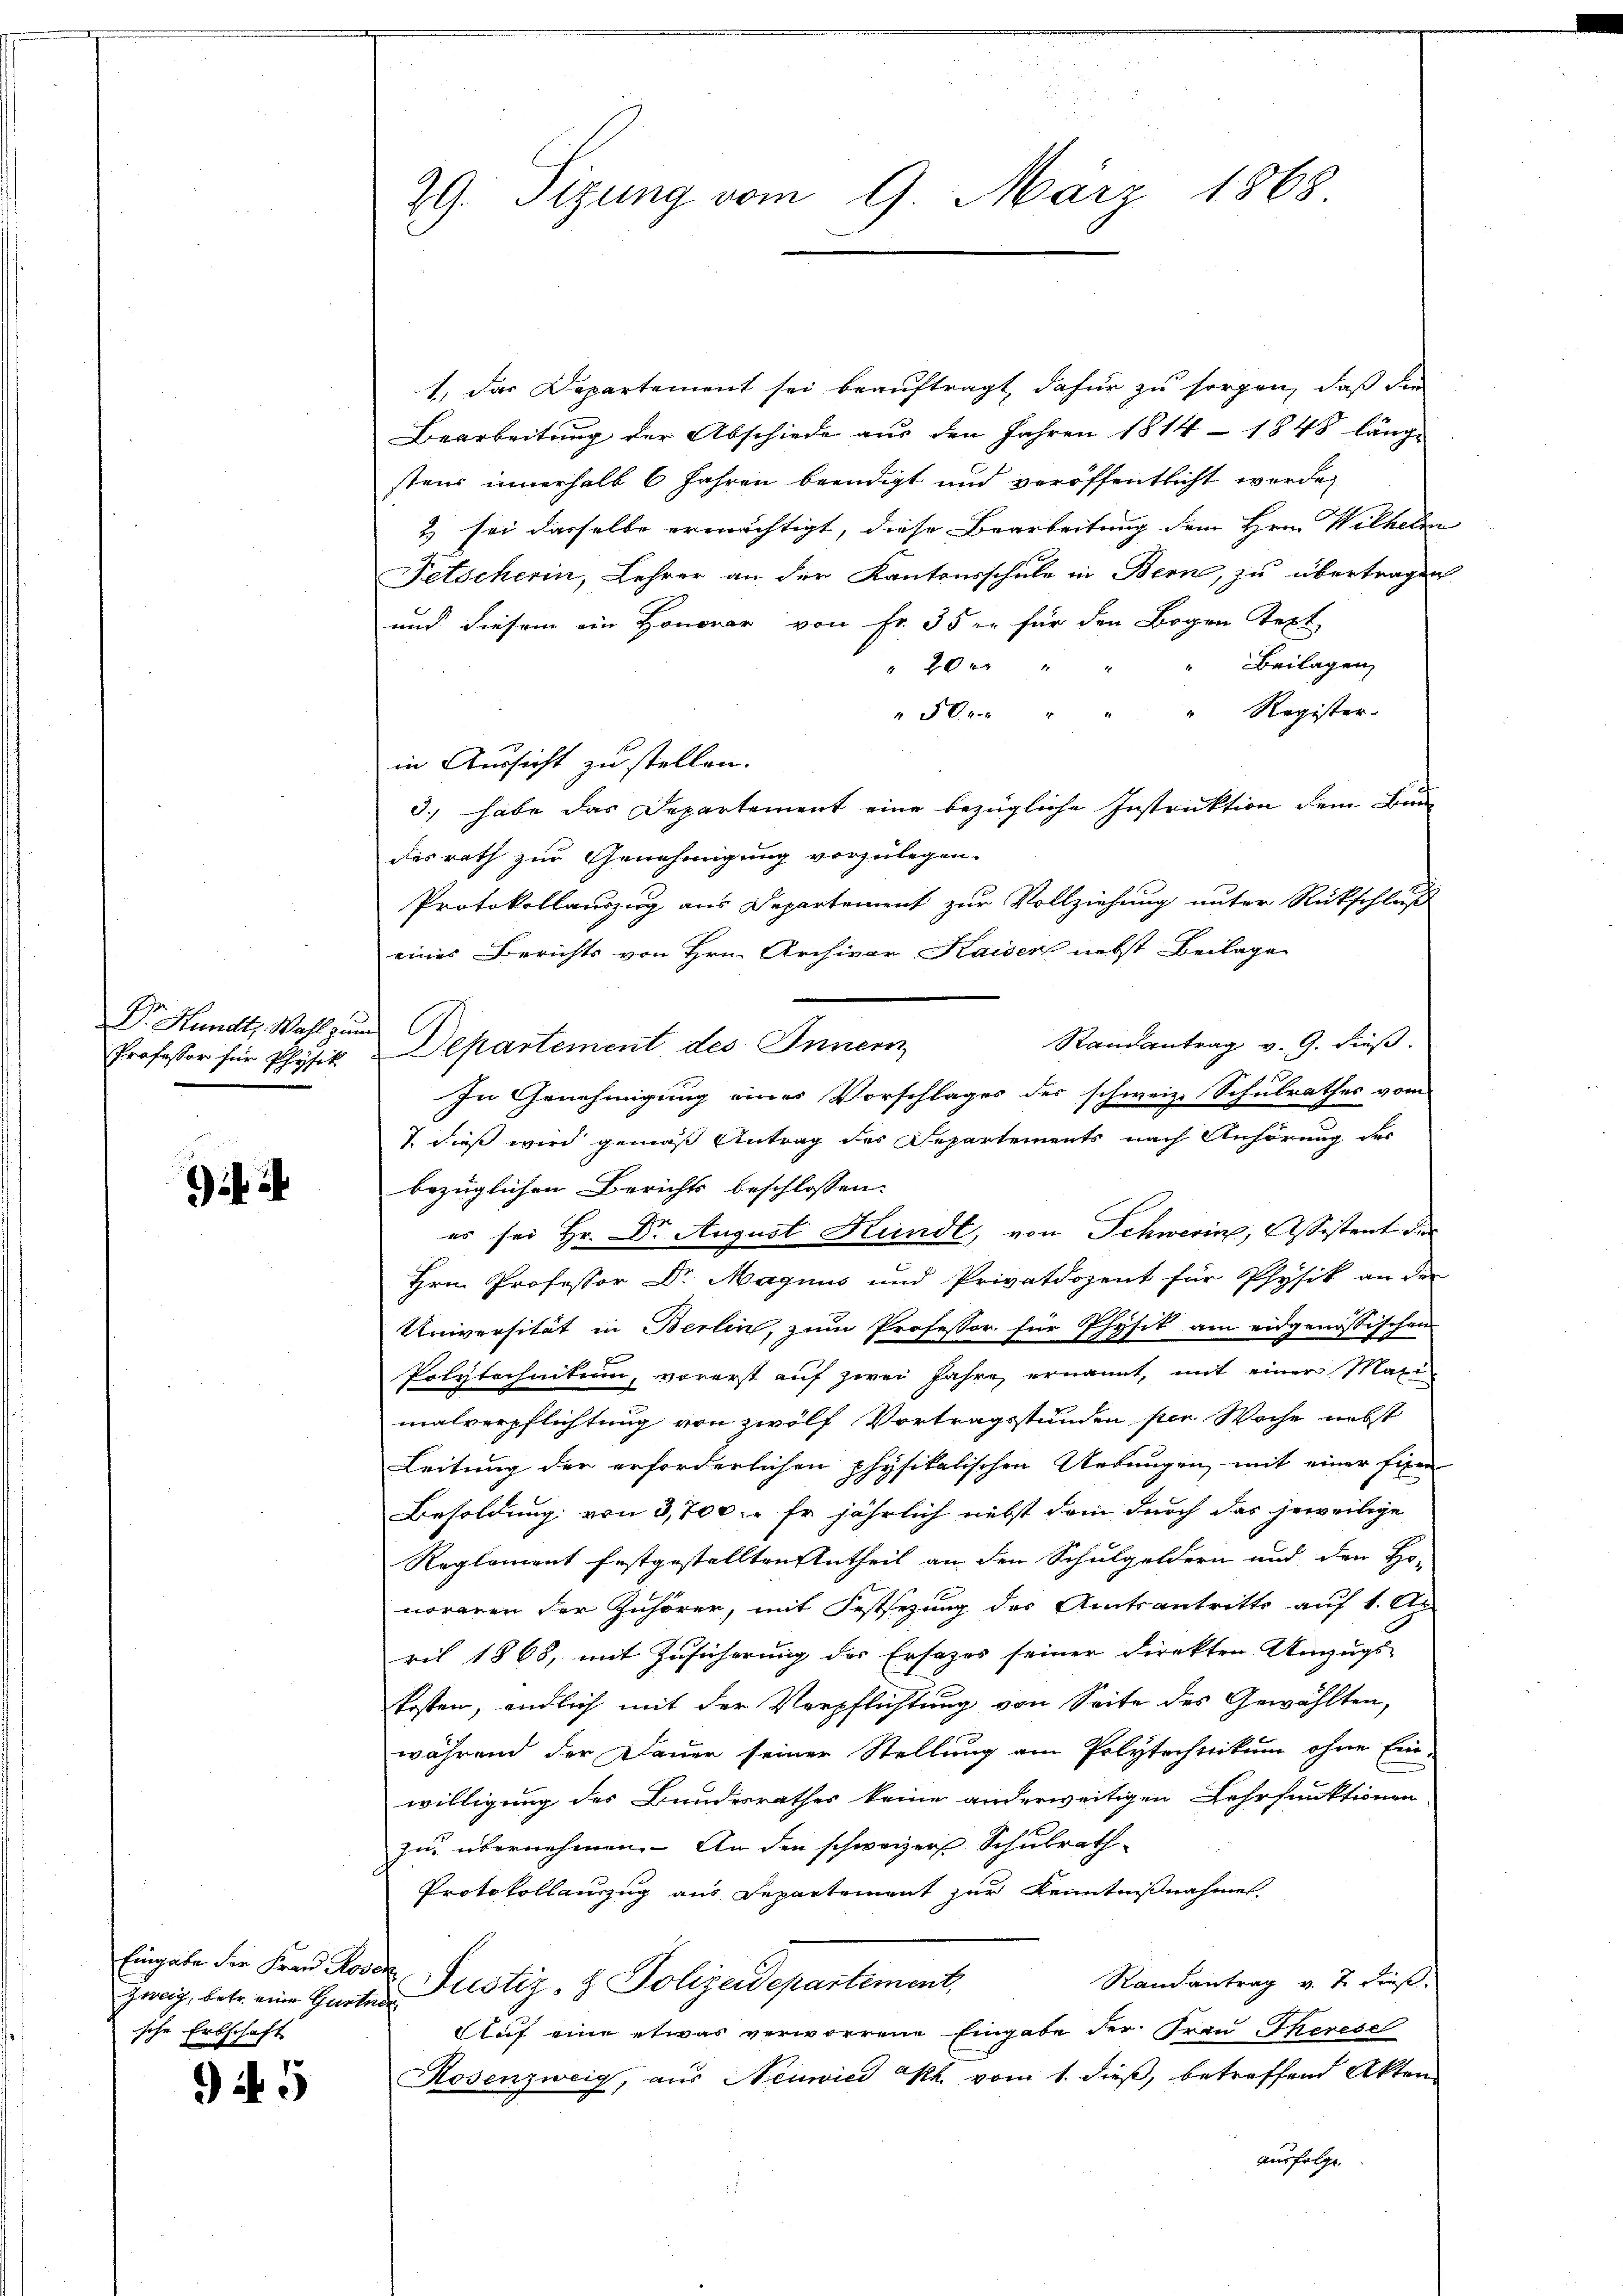
Dr. Hundt, Wahl zur
Professor für Physik

Zweig, betr. eine Gartner,
ische Erbschaft

9 f 5

29. Sizung vom 9. März 1868

1., das Departement sei beauftragt, dafür zu sorgen, daß die
Bearbeitung der Abschiede aus den Jahren 1814 - 1848 länge
stens innerhalb 6 Jahren beendigt und veröffentlicht werde,
2) sei dasselbe ermächtigt, diese Bearbeitung dem Hrn. Wilhelm
Fetscherin, Lehrer an der Kantonsschule in Bern, zu übertragen
und diesem ein Honorar von Fr. 35 u. für den Bogen Text
Beilagen,
20 " "
" 50r " " " Register-
in Aussicht zu stellen.
3.) habe das Departement eine bezügliche Instruktion dem Bun
desrath zur Genehmigung vorzulegen.
Protokollauszug aus Departement zur Vollziehung unter Rückschluß
eines Berichts von Hrn. Archivar Kaiser nebst Beilage
Randantrag v. 9. dieß.
Departement des Innern
In Genehmigung eines Vorschlages des schweiz. Schulrathes vom
I. dieß wird gemäß Antrag des Departements nach Anhörung des
bezüglichen Berichts beschlossen:
es sei Hr. Dr. August Kundt, von Schwerin, Assistent der
Hrn. Professor Dr. Magnus und Privatdozent für Physik an der
Universität in Berlin, zum Professor für Physik am eidgenössischen
Polytechnikum, vorerst auf zwei Jahre ernannt, mit einer Maxi-
malverpflichtung von zwölf Vortragsstunden per Woche nebst
Leitung der erforderlichen physikalischen Uebungen, mit einer fixen
Besoldung von 3,700. - Er jährlich nebst dem durch das jeweilige
Reglement festgestellten Antheil an den Schulgeldern und den Honoraren der Zuhörer, mit Festsezung des Amtsantritts auf 1. Ap
ril 1868, mit Zusicherung der Ersatzes seiner Direkten Unzugs-
kosten, endlich mit der Verpflichtung von Seite des Gewählten,
während der Dauer seiner Stellung am Polytechnikum ohne Ein-
willigung des Bundesrathes keine anderweitigen Lehrfunktionen
zu übernehmen. An den schweizer Schulrath
Protokollanzug aus Departement zur Kenntnißnahmes
Eingabe der Frau Rover Justiz- & Polizeidepartement,
Randantrag v. 7. diese
Auf eine etwas verworrene Eingabe der Frau Therese
Rosenzweig, aus Neuwied kk. vom 1. dieß, betreffend Akten
ausfolge.

unt